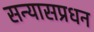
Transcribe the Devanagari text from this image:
सन्यासप्रधन